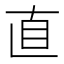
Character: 直